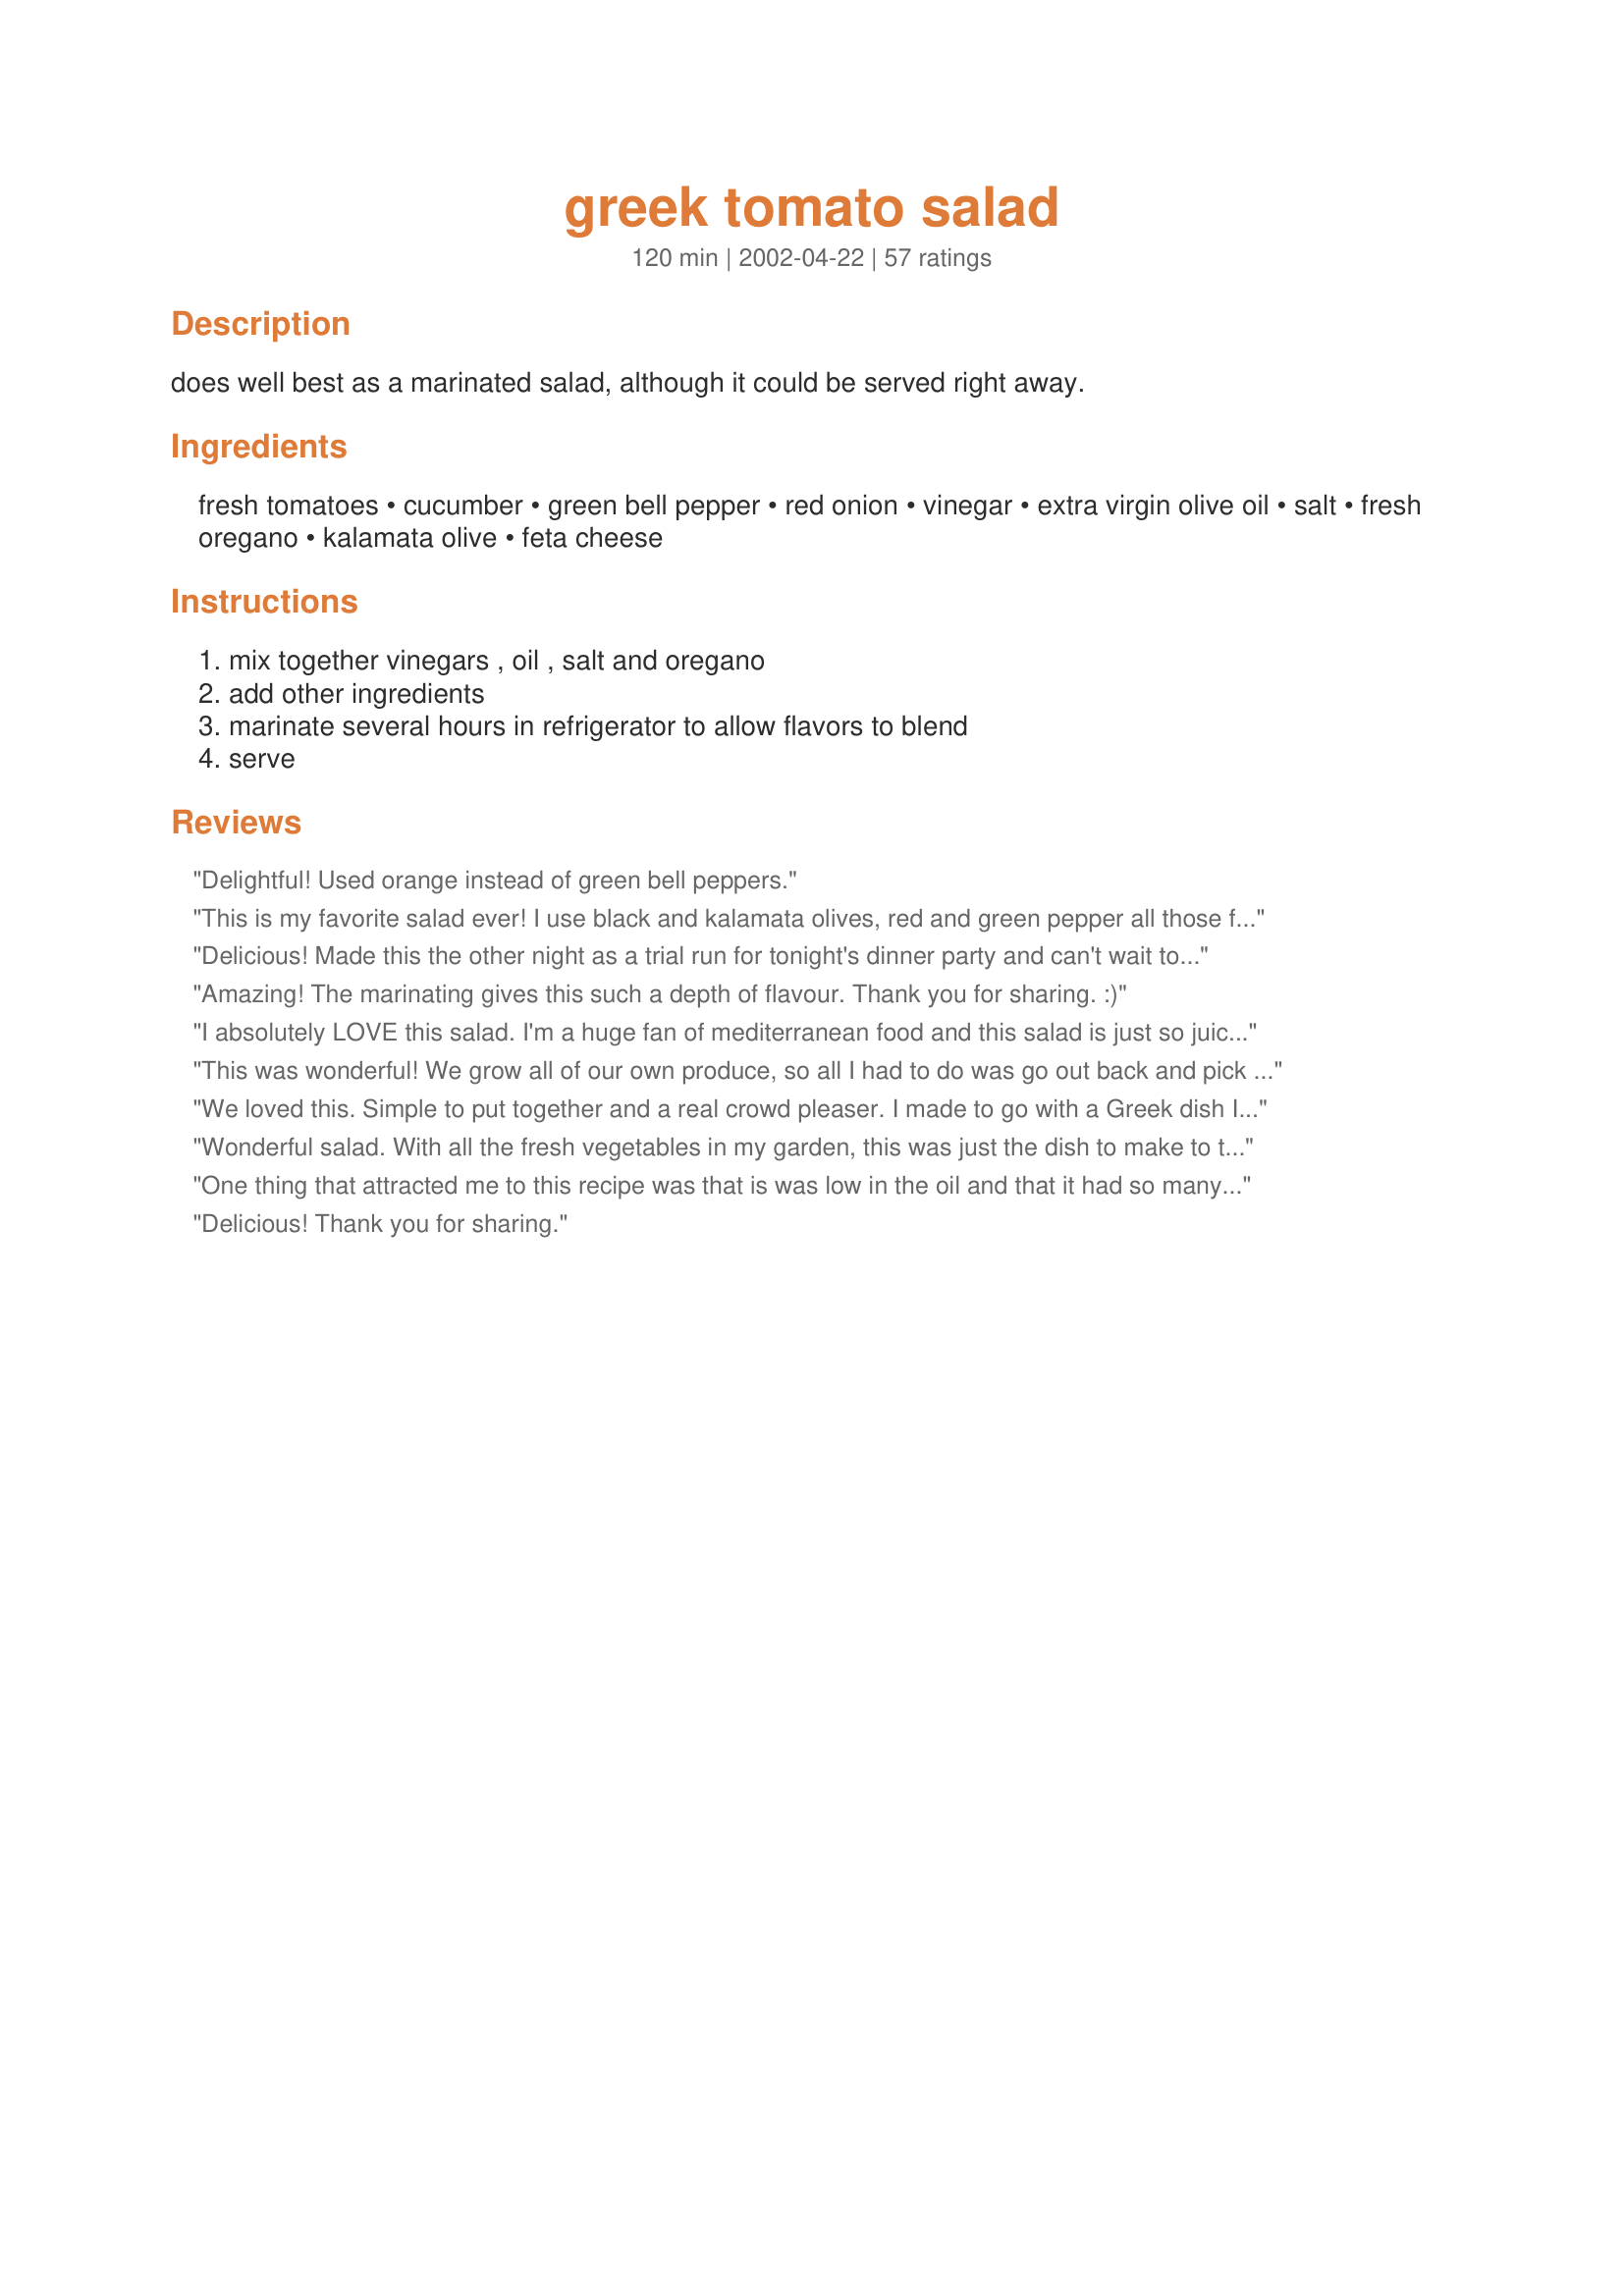
greek tomato salad
Preparation time: 120 minutes

does well best as a marinated salad, although it could be served right away.

Ingredients:
fresh tomatoes, cucumber, green bell pepper, red onion, vinegar, extra virgin olive oil, salt, fresh oregano, kalamata olive, feta cheese

Steps:
mix together vinegars , oil , salt and oregano, add other ingredients, marinate several hours in refrigerator to allow flavors to blend, serve

Reviews:
Delightful! Used orange instead of green bell peppers.
This is my favorite salad ever! I use black and kalamata olives, red and green pepper all those flavors are almost too much too take they are so delish! Don't forget the fresh ground pepper! Excellent the next day in a pita with rotisseri chicken! XOXO
Delicious! Made this the other night as a trial run for tonight's dinner party and can't wait to have it again. A keeper.
Amazing! The marinating gives this such a depth of flavour. Thank you for sharing. :)
I absolutely LOVE this salad. I'm a huge fan of mediterranean food and this salad is just so juicy, fresh and zesty...I get cravings for it! I'm not a big onion fan, though, so I reduce the red onions to about 1/4 cup. It still gives the salad the flavor that only onions can without being overpowering. Thanks for the great recipe!
This was wonderful! We grow all of our own produce, so all I had to do was go out back and pick ingredient. I served this with the BBQ Korean Pork Loin (on this site)steamed rice and grilled veggies from Bobby Flay. I love being the kitchen star in the family, THANKS to ALL the great cooks on this website that make me look good!
We loved this. Simple to put together and a real crowd pleaser. I made to go with a Greek dish I was making. Really good! Thank you Sue! Cindy
Wonderful salad. With all the fresh vegetables in my garden, this was just the dish to make to take advantage of them. The dressing was so good!
One thing that attracted me to this recipe was that is was low in the oil and that it had so many positive hits...but, I wish I had read the comments first before I made this up! I left out the green bell pepper as I can't eat them and added more tomatoes. I felt that, as it was, this salad was lacking in something. I added 1 large garlic, chopped and some salt and freshly ground pepper. I don't think I cared for the red wine vinegar...I would have used all balsamic vinegar. After going back and reading the comments, most people did doctor the salad with garlic and pepper. IF I was to make this one again, I would have cut down on the tomatoes and added a can of black beans and maybe more garlic. This is a good basic recipe, but it does need to be played around with!
Delicious! Thank you for sharing.
This was well received at our family get together. I especially liked that it was a no lettuce salad. I love lettuce, but when I make a salad to take to a function, it always seems to get soggy. Because tomatoes shouldn't be refrigerated, I made up the whole salad minus the tomatoes and let sit in fridge for a few hours. When I was ready to serve, I cut the tomato up into large wedges and mixed up another serving of marinade and dressed the salad again. Delicious.
Great! I added 2 cloves of minced garlic and fresh ground black pepper. It was a hit!
Yummy! I made with cherry tomatoes from the garden and loved the balsamic and wine vinegars mixed together. I used my Recipe #320389 instead of real feta cheese. Thanks Sue! Made for the Zaar Stars game.
This is really tasty salad and exactly what I crave in a greek salad. Confession- I hate tomatoes (I know, right?) so I made this with four cucumbers instead of tomatoes. It was really good. I also salted the cucumbers, set them aside for a half hour, and then drained them to remove excess moisture. I know it's not as good as fresh, but dried oregano does work just fine in this recipe if it's all that's on hand. Thanks for the recipe!
Great flavors, the combination is just perfect! I skipped the green pepper because I don't like them. My brother and my friend who don't eat salad, finished it all! Thanks Sue!
This was fabulous. I used organic produce and Cuban oregano. It was a hit at our office potluck. I also found whole feta that I cubed rather than the crumbles. People were really receptive to the chunks of cheese. Thanks for sharing!
I made this with lowly "store bought" tomatoes. We ate it with very minimal marinating time--30-40 minutes.

It was still fabulous though we are looking forward to eating it "again" when the flavors have developed.

I made this as a tribute to my step-daughter who recently visited Greek and she said this was very good!

Can't wait to make it during the summer with garden produce.
this was a good salad! very greek without the lettuce in there! i actually was making souvlaki on the grill so i threw on some french breads brushed with olive oil and ur salad ending becoming brushetta! i tottttally recommend u try this salad on top of toasty bread! it is SO good! :D! made for zwt4
Had a lot of extra tomatoes to use up so I made this recipe. Preferred it to regular Greek salad with lettuce. I also had shredded carrots to use up so I threw those in too. That was also not authentic, but it sure added a lot of vitamin C, color and a touch of sweetness. I couldn't find low-fat or fat free feta either, so I used some regular feta flavored with Mediterranean herbs. Ate it that night, and tried it the next day after it had marinated a while and it was very good both ways. Personally, I really liked the combination of vinegars myself. Excellent Greek salad choice.
Great salad! Very light and refreshing. It's also easy on the diet.
I am going to serve it on a bed of salad greens to fill me up more! This is only 6 points on Weight Watchers and just a little different. Thanks,
Carole in Orlando
Made this as a summer side dish, great flavor and color. I used a red pepper as I prefer them to green, otherwise followed recipe exactly. YUM! I was able to marinade about 2 hours in the fridge before dinner, everyone thought it tasted great.<br/>UPDATE: Since last year this has become my go-to salad that is requested. I frequently add a half a box of farfalle mini bow tie pasta and double the sauce and feta - I get compliments all the time on this fresh summery pasta salad.
I love this salad! I do add a can of chickpeas to mine, along with some mint. It makes a very refreshing side dish. My mother adds tuna to hers and makes it into an entree, but I personally do not like it like that. Try this recipe!!!
Made to go with Recipe #17962, and served to company. Everyone loved this salad and it was all gone at the end of the meal. I used Roma tomatoes as they are nice and firm. Worked great!
Very good! I used just half of the vinegar amounts, due to hubby's preference. Otherwise, made as is.
I just love this salad. I could eat it every single day. Thank you for sharing the recipe.
We branched out and tried a few new recipes for Easter. This was one. We all loved it. Even though my 8 yr old requested to substitute the olives with just plain black olives, she loved it too! I was impressed that if preserved well for a few days! Thanks, We will use this with our fresh tomatoes out of the garden this Summer.
Delicious!! I made this for my son's high school graduation party last night and everybody loved it. I wanted some make ahead salads to serve along with grilled chicken and steak, so I made this one, the Artichoke and Garbanzo Salad and the Garlicky Cilantro Roasted Potato Salad. Rave reviews on all. I added some pepperocini like some others mentioned and sliced the olives. I made it the day before and was afraid it might be too soggy the next day, so after putting it all together, I drained off the dressing and saved it, then added most of it right before serving. It was perfect!!
This was great! I made it for a party and the everyone(About 20 people)really liked it. I doubled this recipe and it worked great. I had to drain some liquid off as it was chilling, because the tomatoes I had were pretty darn ripe. I also added black beans and some minced garlic. Super good stuff.
These are delicious and this is how we usually make our salads. We simply love the blend of flavors of these fresh tomatoes, cucumbers, pepper and olives. Feta in a greek salad always makes it taste better and the addition of red wine vinegar here which is new to us made it all the more great! Thanks!Made for WZT4.
This was very good
Wow, this salad is incredible. Easy to make and lots of flavour. There was barely enough left for lunch today. Next time I won't chop my tomatoes up as much, but have larger slices. There seems to be a lot of liquid, but the taste is still great.
This is the perfect marriage of ingredients. What a great salad. I used dried oregano (1 tsp) because I did not have fresh. It was delicious! A new family favorite. Thanks!
This was easy and very good. Great with all the fresh summer flavors. The only thing i might do different next time is leave the veggies in bigger chunks. The over all taste was great. I did sub fresh basil for the oregano, it's what i had on hand. 
Thanks for the post.
We served this salad to 125 people at a Greek themed church dinner and received rave reviews! The only thing we changed was that we served it on a bed of mixed baby lettuce leaves and added the cheese just before serving. What a great make ahead recipe for a group, large or small! You made our lives much easier that night! Thanks for sharing!!
This was a fabulous salad, and I'm not even wild about tomatoes! Very refreshing and a great barbeque side! Thanks, Sue!
Great salad - I made it up in the late morning popped it in the fridge. I made the dressing at the same time but kept it separate as one person does not like dressing (imagine!) and served it on the side I used fresh Greek oregano in the dressing and it does have a wonderful flavor. The only thing I added were chopped radishes, perhaps not Greek but the garden is overflowing, great added crunch. Thanks Sue for an easy tasty recipe
Great flavor! Had some Greek Dressing so used 3 tbsp of that instead of the vinegars and oil!
Will try to thinly slice since the diced size is hard to eat with a fork!
I didn't have any red wine vinegar, but I had everything else. It still turned out great. It's even better the next day. Thanks so much for posting this recipe.
This is a wonderful salad, made for a tailgate last weekend and was a hit. If you love greek salad, you will love this. Delicious feta and kalamata olives really make it special!
I loved this...I did omit the red onion (a bit too strong for us) and cucumber. So I added celery. Black beans might also be a nice addition. Thanks
Outrageous salad! I made this exactly as posted, except I used some grape tomatoes. Really flavorful. I could eat the whole thing by myself! Will make often.
This is a new favorite salad. I cut the salt to 1/4 teaspoon and halved the amount of olives, chopping them up fairly finely. I've served it fresh and also over several days as it continues to marinate, and it's good all ways. It keeps well for several days. My favorite treatment is to make the dressing separately and mix it in at serving time. I like to chop the cukes and green peppers in fairly small pieces (1/4") and almost mince the onions.
I love this type of salad, however, I didn't use the olives (I'm not a big olive fan). I do love Balsamic Vinegar so I doubled it. Overall this salad has a great flavor and was enjoyed very much.
We loved this Greek salad, the dressing was outstanding, I used fresh oregano right out of the garden and let the salad marinate for about 4 hours. Couldn't find any fat free feta cheese, so used regular cow feta from the deli. Love the kalamata olives with the feta, the tastes of the olives, feta and veggies all seemed to complement each other and the dressing was the perfect finish to bring it all together. thanks for sharing, we'll be doing this one again and again.
So glad I made this tonight! It was a huge hit with my family. I used black olives and doubled the olive oil...excellent!
This was great! I love the flavors and textures. I've never had Kalamata olives before, but I really enjoyed them. Thanks for broadening my food horizons. Great recipe!
This is a very good salad recipe. I had some small cherry tomatoes I was wanted to use up and this is the recipe I chose. We really liked it. I added a few more olives then called for but otherwise followed the recipe exactly. thank you for sharing this recipe with us.
I am Greek and I must say that we do not eat such a salad in Greece, neither is served in restaurants, which serve traditional Greek food. I have the following remarks:&lt;br/&gt;&lt;br/&gt;1) If you preserve tomatoes in the fridge after cutting them they will lose their scent. Tomato should be served fresh.&lt;br/&gt;2) The same happens with oregano, which should be poured on top of the salad fresh.&lt;br/&gt;3) Balsamic vinegar has nothing to do with Greeks and greek tomato salad.&lt;br/&gt;&lt;br/&gt;The only Greek Salad I know that is marinated and preserved in the fridge, is the &quot;Politiki Salata&quot;, Salad from Constantinopolis, widely served in north Greece and Thessaloniki. You can find this recipe in this link: http://www.greek-recipe.com/salad-from-constantinopolis/&lt;br/&gt;&lt;br/&gt;I do not doubt that this could be a nice salad, although I expressed my concerns especially about preserving cut tomatoes in the fridge but definitely is not a Greek Salad.
This is the very first recipe we have tried from recipezaar. Have made greek salad more times than i can recall but never tasted this good. Dressing fantastic, perfect ratio of sweet and sharpness. Will be making this again thank you Sue L.
This salad is to die for. We absolutely love everything low fat and especially feta cheese. We used our own home grown tomatoes and it such a low cal meal that the two of us gobbled up the entire salad. We also had garlic toast slices that tasted great dipping into the tomato sauce left over. You have to try this one for sure.
I make a version of this that I just LOVE. It is basically the same as Sue L's, but I add some red and yellow peppers, artichoke hearts, and finely chopped pepperoncini's. I also use herbes de provence (rosemary, marjoram, thyme, and savory) It is such an easy, refreshing, flavorful salad..it just makes me happy!
Although this is very similar to the Greek salad I have been making, this will be the one I make from now on. For our tastes, it has the perfect balance of ingredients and dressing (which is delicious, and couldn't be easier to make).
Wow! This salad got rave reviews at my last dinner party with folks clamoring for take-home portions & one person calling the next day for the recipe! We make this quite frequently now & it tastes great & is nutritionally beneficial. Keeps in the frig for several days. Thanks.
Very tasty!! I really liked the way the balsamic vinegar enhanced the flavor of the dressing. This is a keeper for sure! I had made this with a steak the night before and had some left over; I sliced up some of the steak the next day and put it on top of the salad…YUMMO!!! Thanks for a great recipe!!!
Wonderful wonderful wonderful! I made this as written only using fresh Greek oregano. Definately going into my Favorites of 2012. Thank you for submitting. Made for Summer on the Porch Diabetic Forum.
This truly deserves ten stars!

My son was in New Jersey and purchased a big basket of tomatoes. I was so lucky to come across this recipe. 
Bravo, Sue L.

I have made this recipe several times. Everyone loves it. Before I serve it I usually add more of the dressing which I think is a delicious combination of flavors. For something different sometimes I use this for the base of a pasta salad by just adding pasta to it and additional dressing. It is really delicious this way as well.
